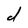
Character: d